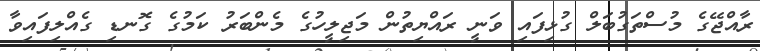
ރާއްޖޭގެ މުސްތަގުބަލް ގުޅިފައި ވަނީ ރައްޔިތުން މަޖިލީހުގެ މެންބަރު ކަމުގެ ގޮނޑި ގެއްލިފައިވާ